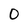
Character: 0